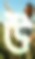
উ